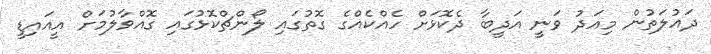
ދައުލަތުން މިއަދު ވަނީ އަދީބާ ދެކޮޅަށް ހެއްކެއްގެ ގޮތުގައި ލޯންޗްކޮޅުގައި ގޮއްވާލުމަށް އީއައިޑީ